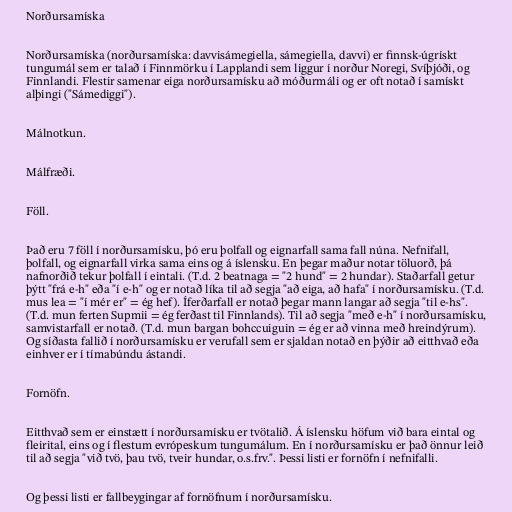
Norðursamíska

Norðursamíska (norðursamíska: davvisámegiella, sámegiella, davvi) er finnsk-úgrískt
tungumál sem er talað í Finnmörku í Lapplandi sem liggur í norður Noregi, Svíþjóði, og
Finnlandi. Flestir samenar eiga norðursamísku að móðurmáli og er oft notað í samískt
alþingi ("Sámediggi").

Málnotkun.

Málfræði.

Föll.

Það eru 7 föll í norðursamísku, þó eru þolfall og eignarfall sama fall núna. Nefnifall,
þolfall, og eignarfall virka sama eins og á íslensku. En þegar maður notar töluorð, þá
nafnorðið tekur þolfall í eintali. (T.d. 2 beatnaga = "2 hund" = 2 hundar). Staðarfall getur
þýtt "frá e-h" eða "í e-h" og er notað líka til að segja "að eiga, að hafa" í norðursamísku. (T.d.
mus lea = "í mér er" = ég hef). Íferðarfall er notað þegar mann langar að segja "til e-hs".
(T.d. mun ferten Supmii = ég ferðast til Finnlands). Til að segja "með e-h" í norðursamísku,
samvistarfall er notað. (T.d. mun bargan bohccuiguin = ég er að vinna með hreindýrum).
Og síðasta fallið í norðursamísku er verufall sem er sjaldan notað en þýðir að eitthvað eða
einhver er í tímabúndu ástandi.

Fornöfn.

Eitthvað sem er einstætt í norðursamísku er tvötalið. Á íslensku höfum við bara eintal og
fleirital, eins og í flestum evrópeskum tungumálum. En í norðursamísku er það önnur leið
til að segja "við tvö, þau tvö, tveir hundar, o.s.frv.". Þessi listi er fornöfn í nefnifalli.

Og þessi listi er fallbeygingar af fornöfnum í norðursamísku.